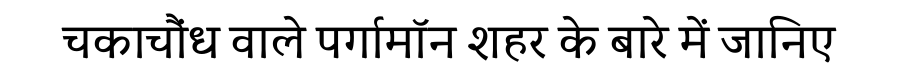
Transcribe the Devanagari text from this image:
चकाचौंध वाले पर्गामॉन शहर के बारे में जानिए